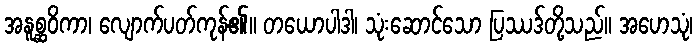
အနူစ္ဆဝိကာ၊ လျောက်ပတ်ကုန်၏။ တယောပါဒါ၊ သုံးဆောင်သော ပြဿဒ်တို့သည်။ အဟေသုံ၊